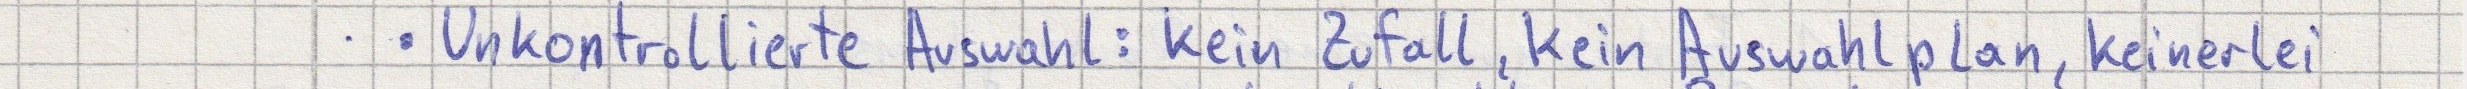
Unkontrollierte Auswahl: kein Zufall, kein Auswahlplan, keinerlei